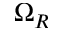
\Omega _ { R }